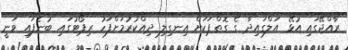
ރާއްޖޭގައި އުޅޭ އަލްގައިދާ ގެ ގޮތްޕަކަށް އިނގިލި ދިއްކުރުމަށްފަހު ރިޕޯޓުގައި ބުނެފައި ވަނީ